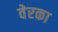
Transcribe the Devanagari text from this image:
वेरका